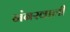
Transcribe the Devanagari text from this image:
नंबरवाली